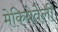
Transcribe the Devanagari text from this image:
मेकियेवेली